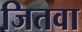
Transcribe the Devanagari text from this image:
जितवा